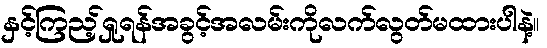
နှင့်ကြည့်ရှုရန်အခွင့်အလမ်းကိုလက်လွတ်မထားပါနဲ့။